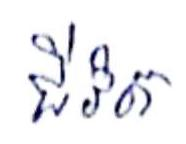
ជីវិត